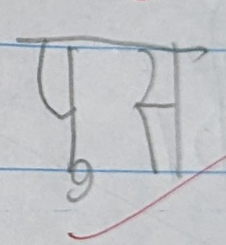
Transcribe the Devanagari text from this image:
पुस